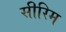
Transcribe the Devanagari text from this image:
सीरिम